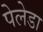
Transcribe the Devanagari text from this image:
पेलेडा